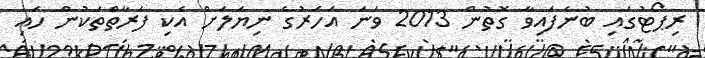
ރިޕޯޓުގައި ބުނެފައިވާ ގޮތުން 2013 ވަނަ އަހަރުގެ ނިޔަލަށް އެކި ފަރާތްތަކުން ހައި